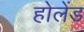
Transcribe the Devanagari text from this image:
होलेंड